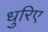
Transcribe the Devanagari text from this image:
धुरिए